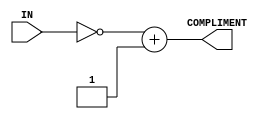
// Computer Architecture (CO224) - Lab 05
// Design: 2's Compliment Module
// Group Number : 27
// E Numbers : E/18/077, E/18/227
// Names : Dharmarathne N.S., Mudalige D.H.

module twos_comp (IN, COMPLIMENT);
	input [7:0] IN;
	output [7:0] COMPLIMENT;
	assign COMPLIMENT = ~IN + 8'b00000001;
endmodule